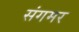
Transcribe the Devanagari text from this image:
संगमर